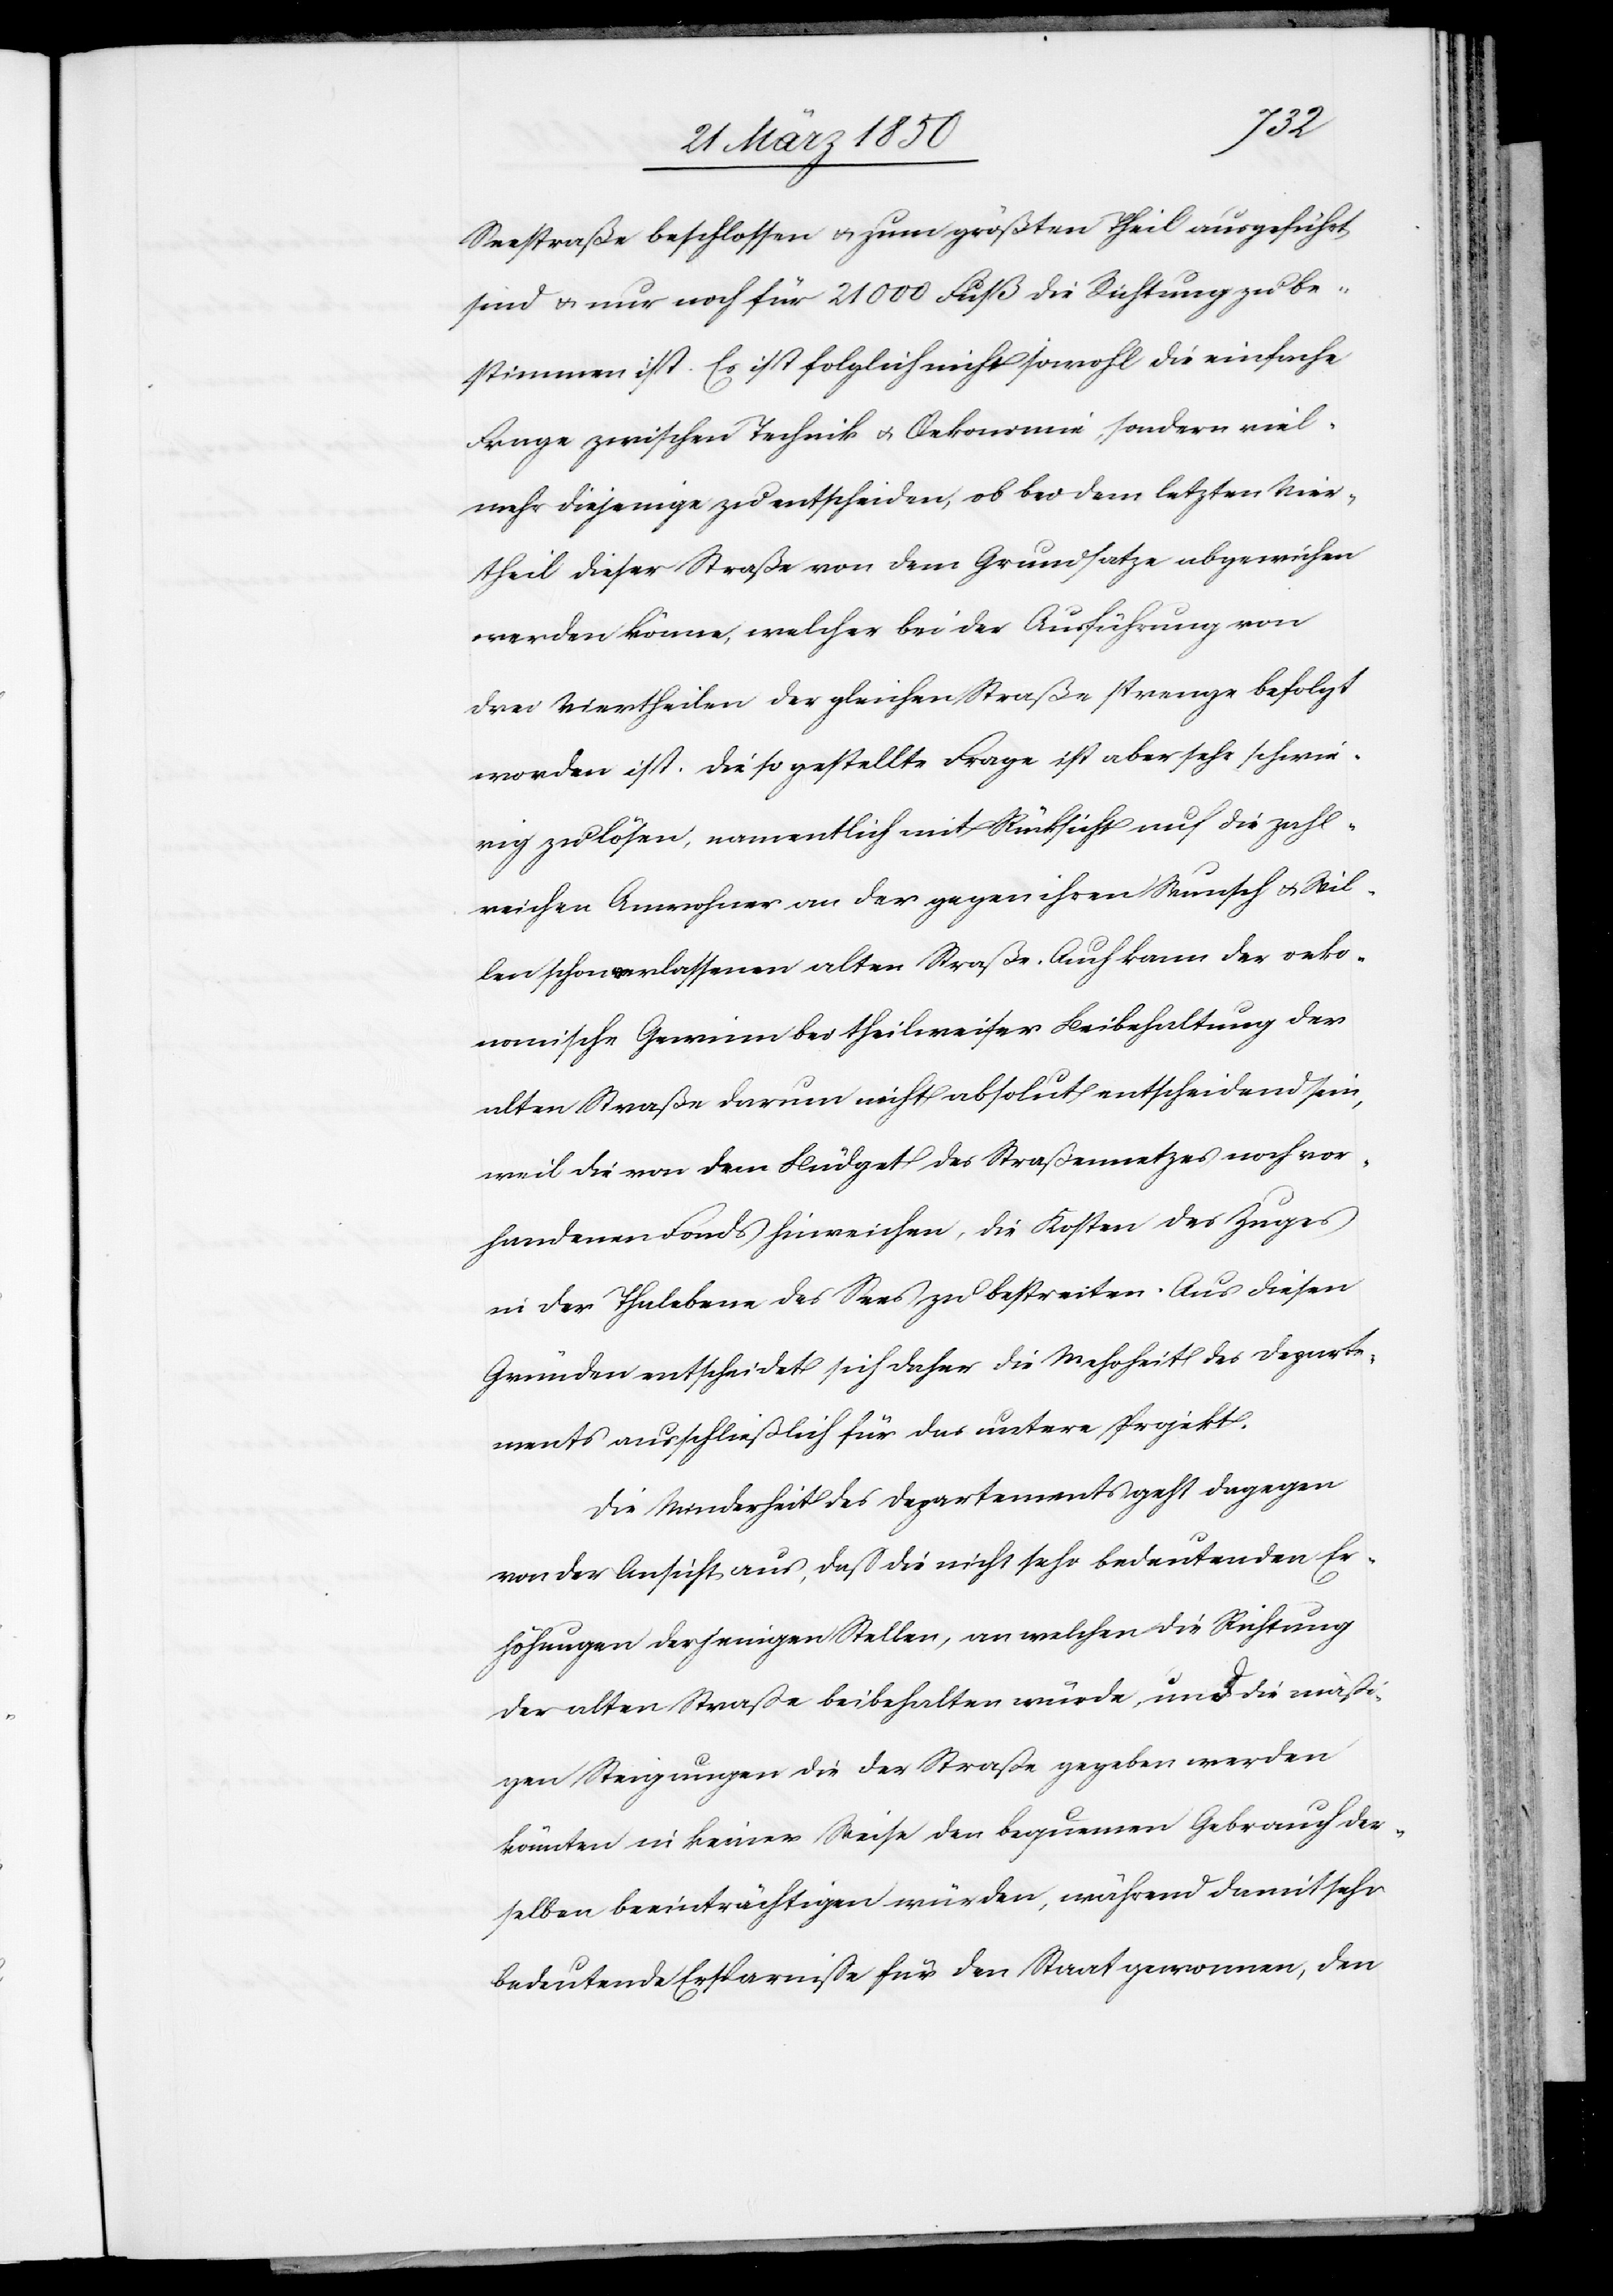
Seestraße beschlossen u. zum größten Theil ausgeführt
sind u. nur noch für 21000 Fuß die Richtung zu be¬
stimmen ist. Es ist folglich nicht sowohl die einfache
Frage zwischen Technik u. Oekonomie, sondern viel¬
mehr diejenige zu entscheiden, ob bei dem letzten Vier¬
theil dieser Straße von dem Grundsatze abgewichen
werden könne, welcher bei der Ausführung von
drei Viertheilen der gleichen Straße strenge befolgt
worden ist. Die so gestellte Frage ist aber sehr schwie¬
rig zu lösen, namentlich mit Rücksicht auf die zahl¬
reichen Anwohner an der gegen ihren Wunsch u. Wil¬
len schon erlassenen alten Straße. Auch kann der oeko¬
nomische Gewinn bei theilweiser Beibehaltung der
alten Straße darum nicht absolut entscheidend sein,
weil die von dem Büdget des Straßennetzes noch vor¬
handenen Fonds hinreichen, die Kosten des Zuges
in der Thalebene des Sees zu bestreiten. Aus diesen
Gründen entscheidet sich daher die Mehrheit des Departe¬
ments ausschließlich für das untere Projekt.
Die Minderheit des Departements geht dagegen
von der Ansicht aus, daß die nicht sehr bedeutenden Er¬
höhungen derjenigen Stellen, an welchen die Richtung
der alten Straße beibehalten würde, und die mäßi¬
gen Steigungen die der Straße gegeben werden
könnten in keiner Weise den bequemen Gebrauch der¬
selben beeinträchtigen würden, während damit sehr
bedeutende Ersparniße für den Staat gewonnen, den